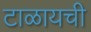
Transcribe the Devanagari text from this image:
टाळायची